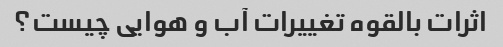
اثرات بالقوه تغییرات آب و هوایی چیست؟